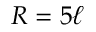
R = 5 \ell